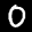
Label: 0